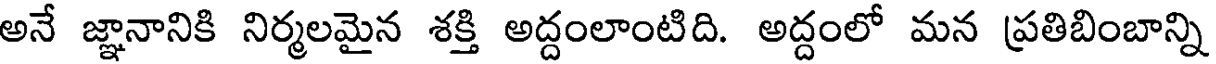
అనే జ్ఞానానికి నిర్మలమైన శక్తి అద్దంలాంటిది. అద్దంలో మన ప్రతిబింబాన్ని